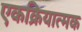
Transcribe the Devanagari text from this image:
एकक्रियात्मक